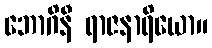
ဘောဂိနီ ရာဇနာရိယော။